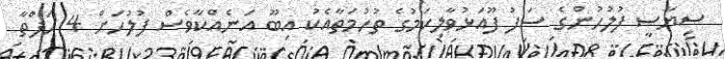
ސިޔާސީ ފުލުހުންގެ ސަފު ފޫއަޅުވާލިކަމުގެ ތުހުމަތާއެކު އިބޫ އަނެއްކާވެސް ފުލުހަށް 4 ހަފްތާ